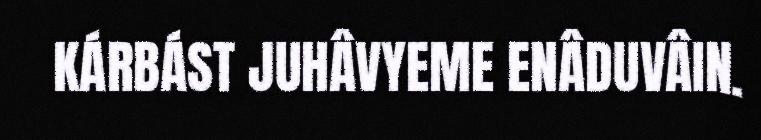
KÁRBÁST JUHÂVYEME ENÂDUVÂIN.